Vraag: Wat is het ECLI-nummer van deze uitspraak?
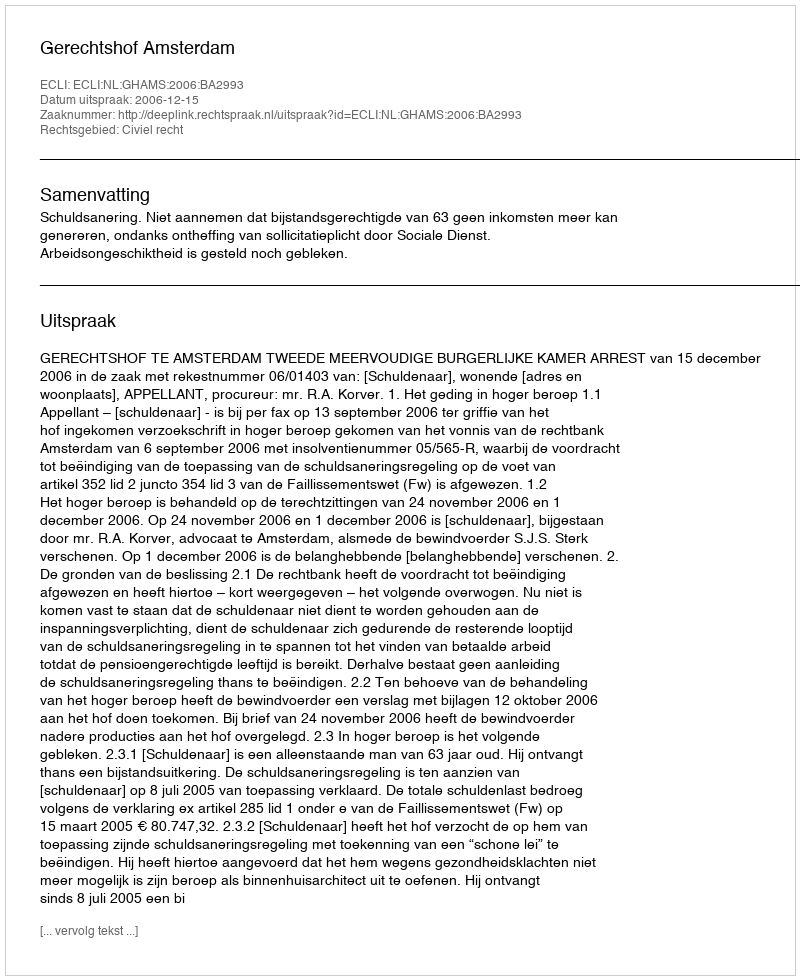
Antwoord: ECLI:NL:GHAMS:2006:BA2993